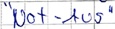
Text: "Not-Aus"